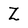
Character: Z